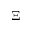
\Xi